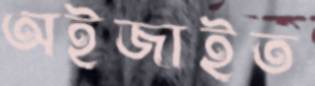
অইজাইত